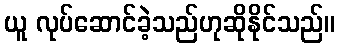
ယူ လုပ်ဆောင်ခဲ့သည်ဟုဆိုနိုင်သည်။